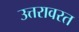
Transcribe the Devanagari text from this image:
उत्तरावरत